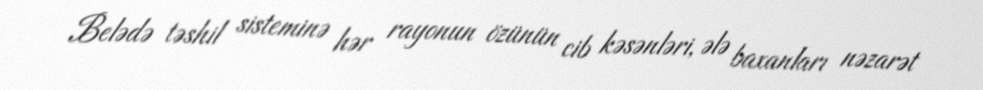
Belədə təshil sisteminə hər rayonun özünün cib kəsənləri, ələ baxanları nəzarət